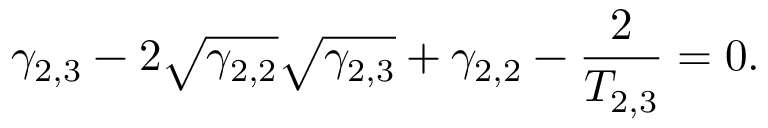
\gamma _ { 2 , 3 } - 2 \sqrt { \gamma _ { 2 , 2 } } \sqrt { \gamma _ { 2 , 3 } } + \gamma _ { 2 , 2 } - \frac { 2 } { T _ { 2 , 3 } } = 0 .